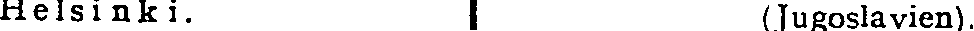
Helsinki. (Jugoslavien).